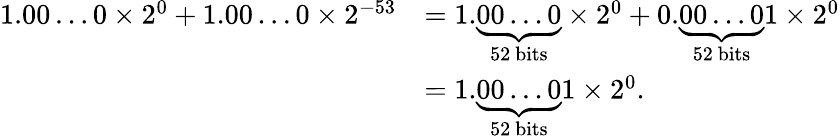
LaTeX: {\begin{array}{rl}{1.00\ldots 0\times 2^{0}+1.00\ldots 0\times 2^{-53}}&{=1.\underbrace{00\ldots 0}_{\mathrm{52~bits}}\times 2^{0}+0.\underbrace{00\ldots 0}_{\mathrm{52~bits}}1\times 2^{0}}\\ &{=1.\underbrace{00\ldots 0}_{\mathrm{52~bits}}1\times 2^{0}.}\end{array}}